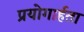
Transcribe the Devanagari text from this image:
प्रयोगार्हता